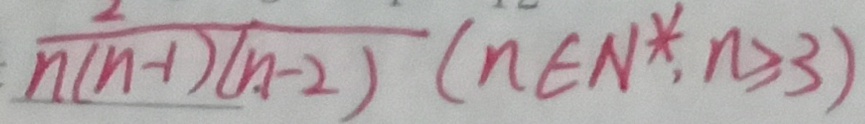
\frac { 2 } { n ( n - 1 ) ( n - 2 ) } ( n E N \ast , n \geq 3 )